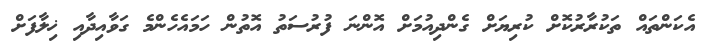
އެކަންތައް ތަކުރާރުކޮށް ކުރިޔަށް ގެންދިއުމަށް އޮންނަ ފުރުސަތު އޮތުން ހަމައެހެންމެ ގަވާއިދާއި ޚިލާފަށް